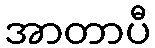
အာတာပီ